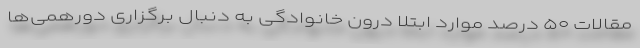
مقالات ۵۰ درصد موارد ابتلا درون خانوادگی به دنبال برگزاری دورهمی‌ها